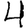
Digit: 4